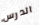
الدرس